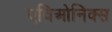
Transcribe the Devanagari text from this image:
एविओनिक्स